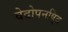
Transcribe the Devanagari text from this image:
वेदोपनषि्द